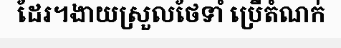
ដែរ។ងាយស្រួលថែទាំ ប្រើតំណក់